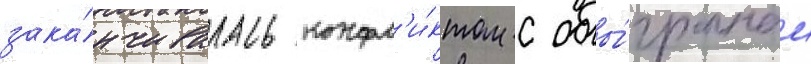
зака́нчивалась конфл'и́ктом с обы́гранным